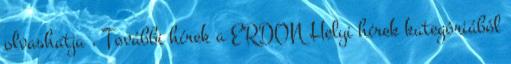
olvashatja . További hírek a ERDON Helyi hírek kategóriából